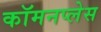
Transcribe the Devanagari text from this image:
कॉमनप्लेस